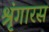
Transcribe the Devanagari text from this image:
श्रृंगारस